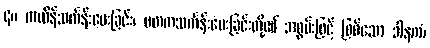
၄။ ကထိန်သင်္ကန်းပေးခြင်း၊ မတကသင်္ကန်းပေးခြင်းတို့၏ အစွမ်းဖြင့် ဖြစ်သော ဒါနကံ၊